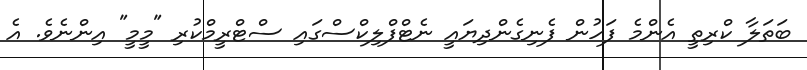
ބަތަލާ ކްރިތީ އެންމެ ފަހުން ފެނިގެންދިޔައީ ނެޓްފްލިކްސްގައި ސްޓްރީމްކުރި "މީމީ" އިންނެވެ. އެ